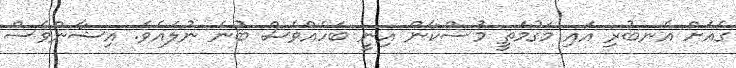
ގެއަށް އެނބުރި އައި މަގުމަތީ މުސްކާން އިނީ ބަހެއްވެސް ބުނެ ނުލައެވެ. އިޝާންވެސް